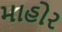
માહોર